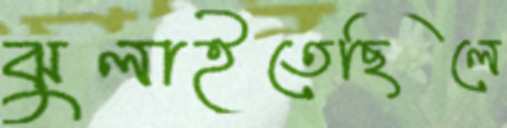
ঝুলাইতেছিলে